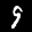
Label: 9